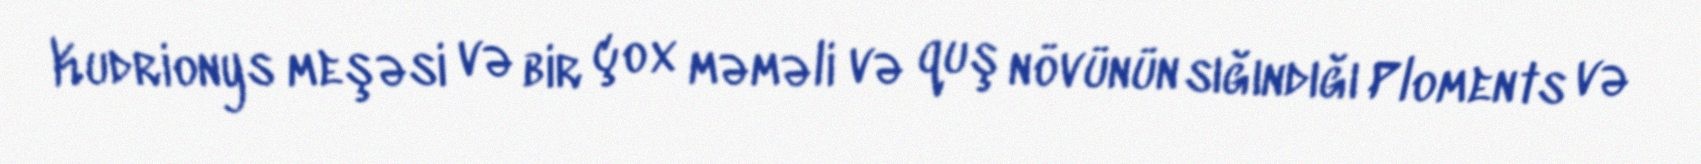
Kudrionys meşəsi və bir çox məməli və quş növünün sığındığı Ploments və